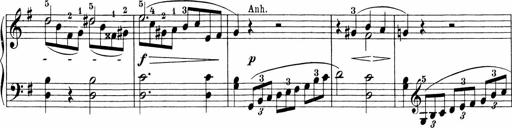
Title: Sonatinen Op.47, 98 und 136, nebst 6 Liedersonatinen
Composer: Carl Reinecke